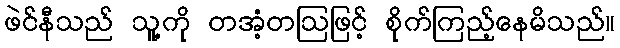
ဖဲင်နီသည် သူ့ကို တအံ့တဩဖြင့် စိုက်ကြည့်နေမိသည်။